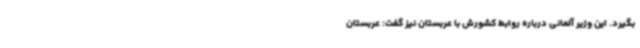
بگیرد. این وزیر آلمانی درباره روابط کشورش با عربستان نیز گفت: عربستان